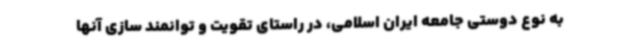
به نوع دوستی جامعه ایران اسلامی، در راستای تقویت و توانمند سازی آنها